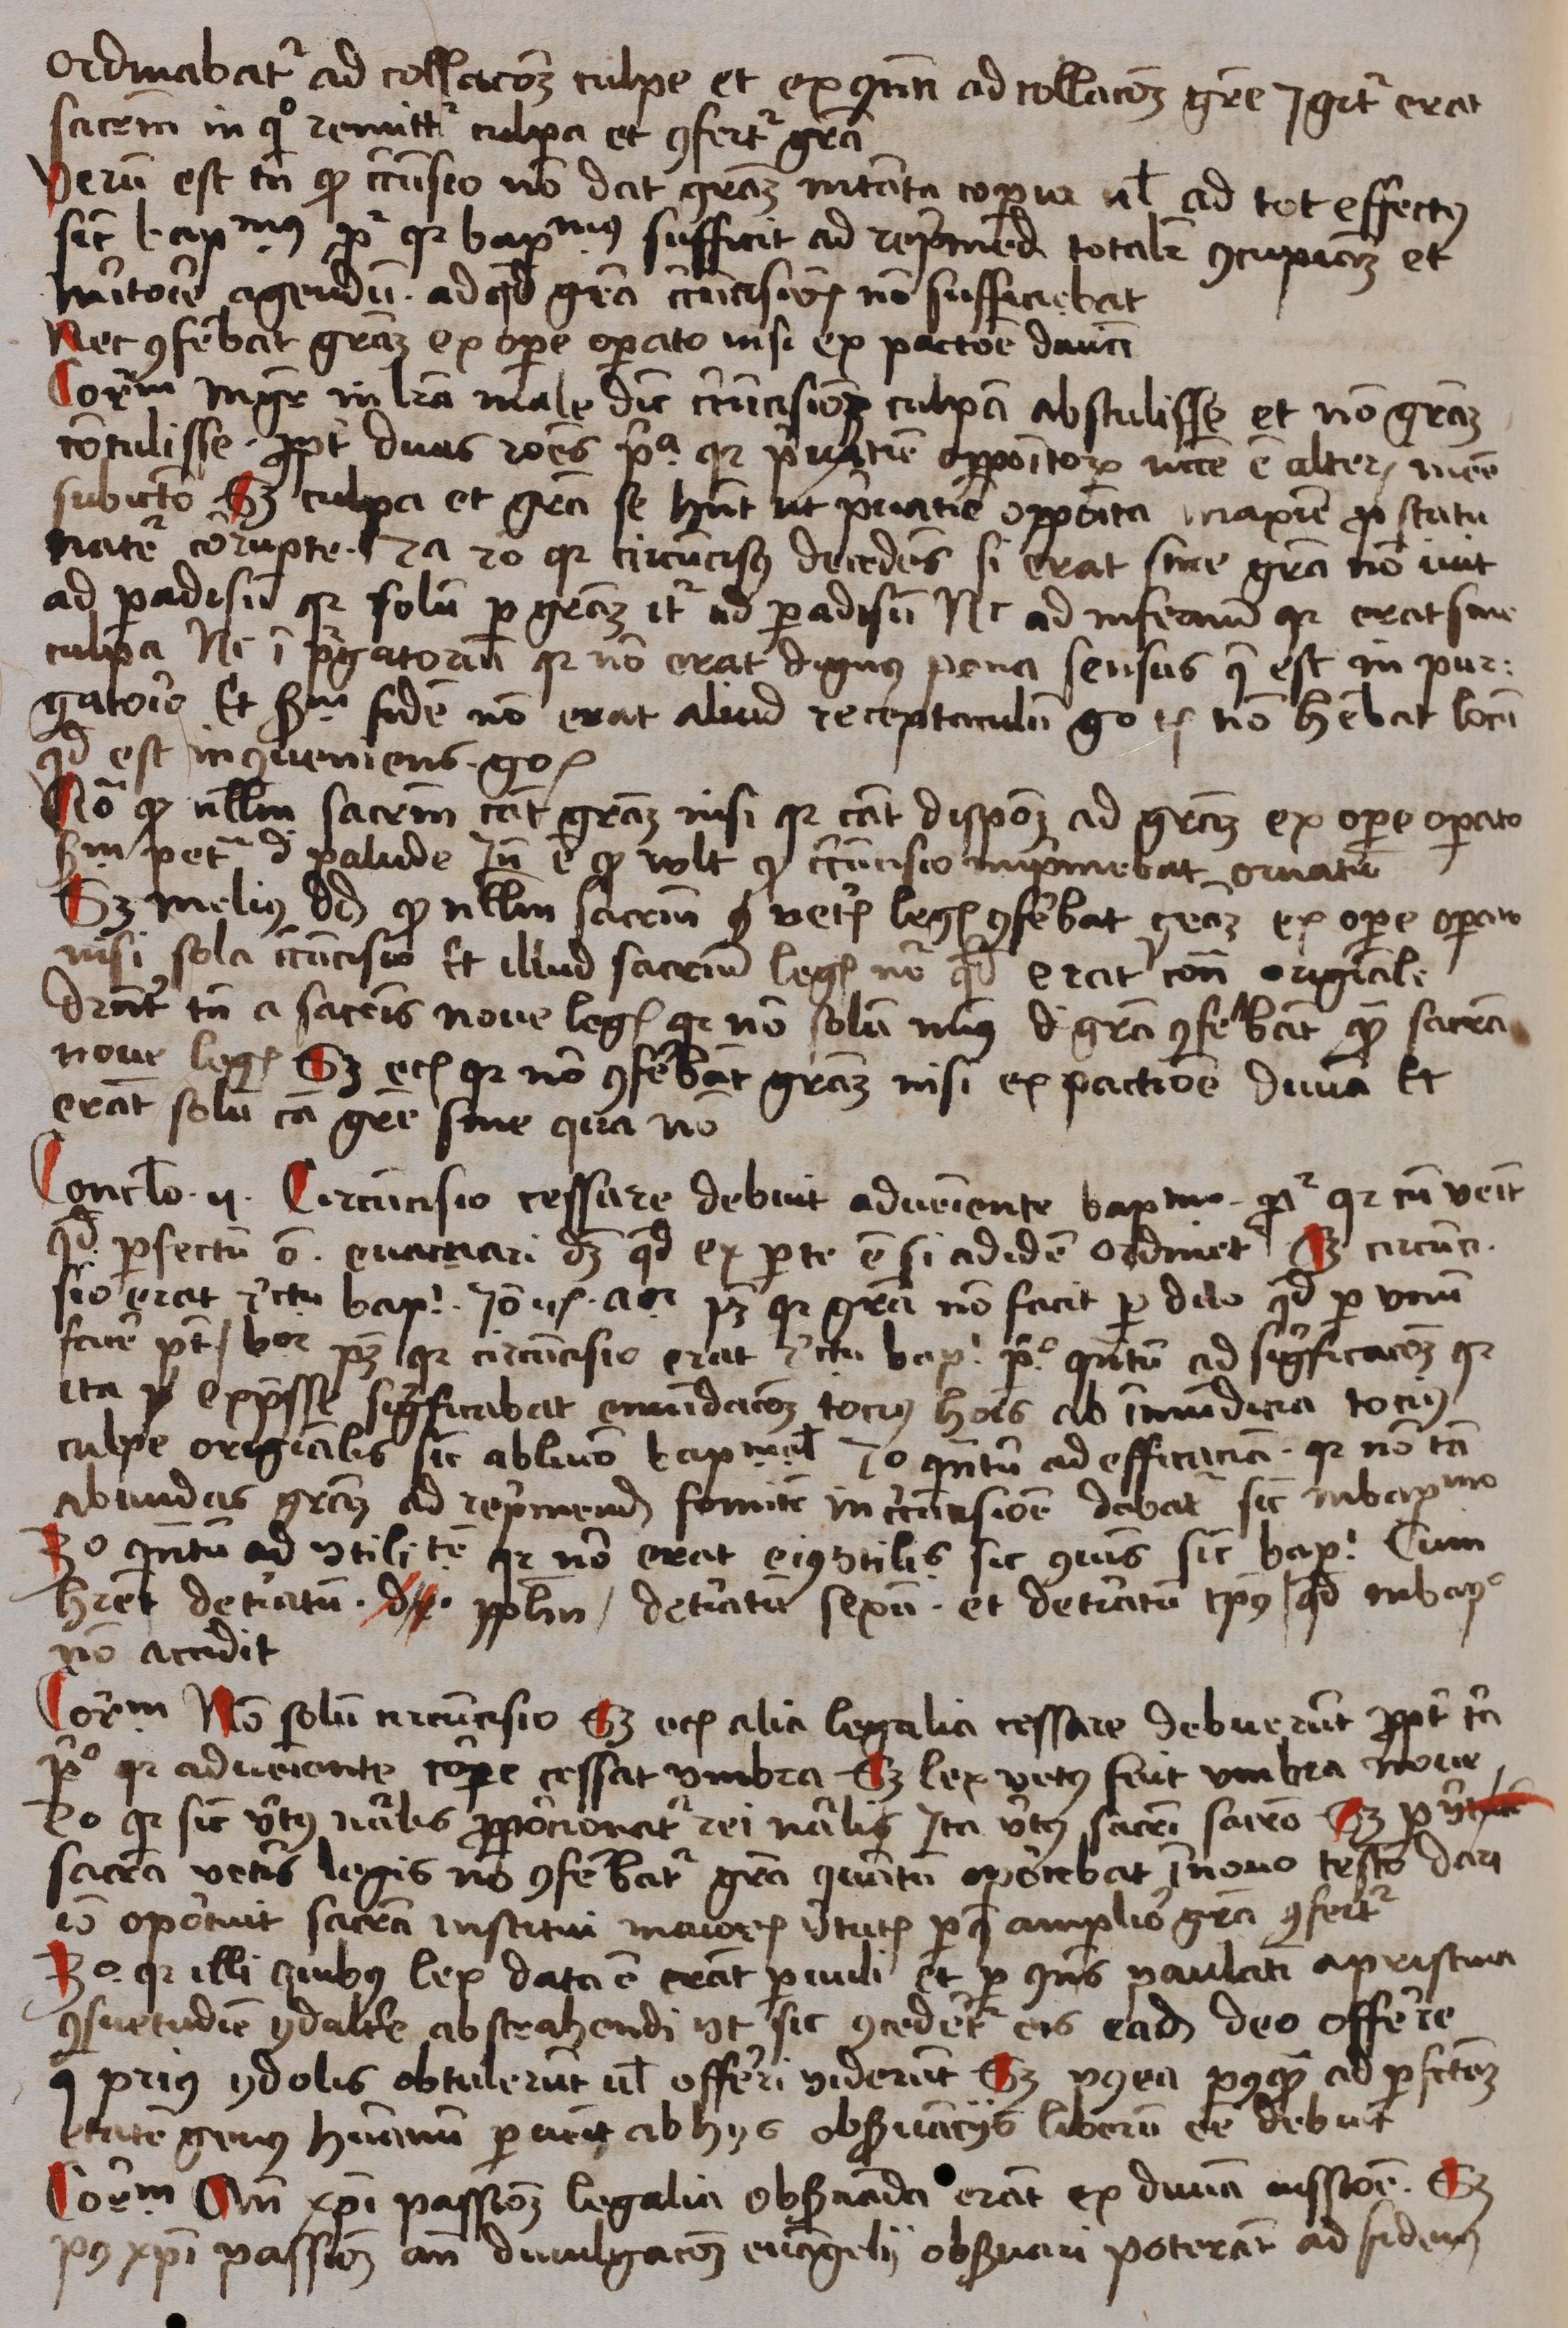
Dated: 1488–1488